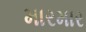
મારમાર